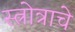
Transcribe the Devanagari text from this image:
स्त्रोत्राचे